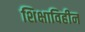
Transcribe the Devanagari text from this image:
शिक्षाविहीन